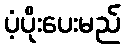
ပံ့ပိုးပေးမည်